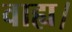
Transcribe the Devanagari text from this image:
वाह्य।